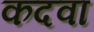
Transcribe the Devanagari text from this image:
कदवा